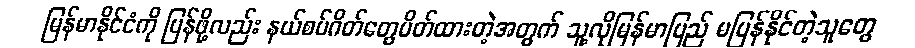
မြန်မာနိုင်ငံကို ပြန်ဖို့လည်း နယ်စပ်ဂိတ်တွေပိတ်ထားတဲ့အတွက် သူ့လိုမြန်မာပြည် မပြန်နိုင်တဲ့သူတွေ